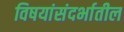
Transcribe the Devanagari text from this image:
विषयांसंदर्भातील